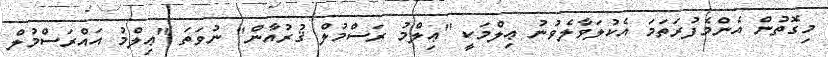
މިގޮތުން އެންމެފުރަތަމަ އެކުލަވާލެވުނު ޢިލްމަކީ "ޢިލްމު ރަސްމުލް ޤުރުއާން" ނުވަތަ "ޢިލްމު އައްރަސްމުލް